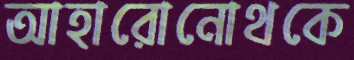
আহারোনোথকে